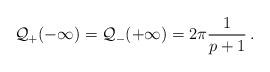
LaTeX: \begin{align*}{\cal Q}_{+}(-\infty )={\cal Q}_{-}(+\infty )=2\pi \frac{1}{p+1}\: .\end{align*}